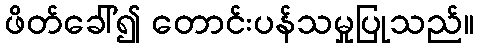
ဖိတ်ခေါ်၍ တောင်းပန်သမှုပြုသည်။